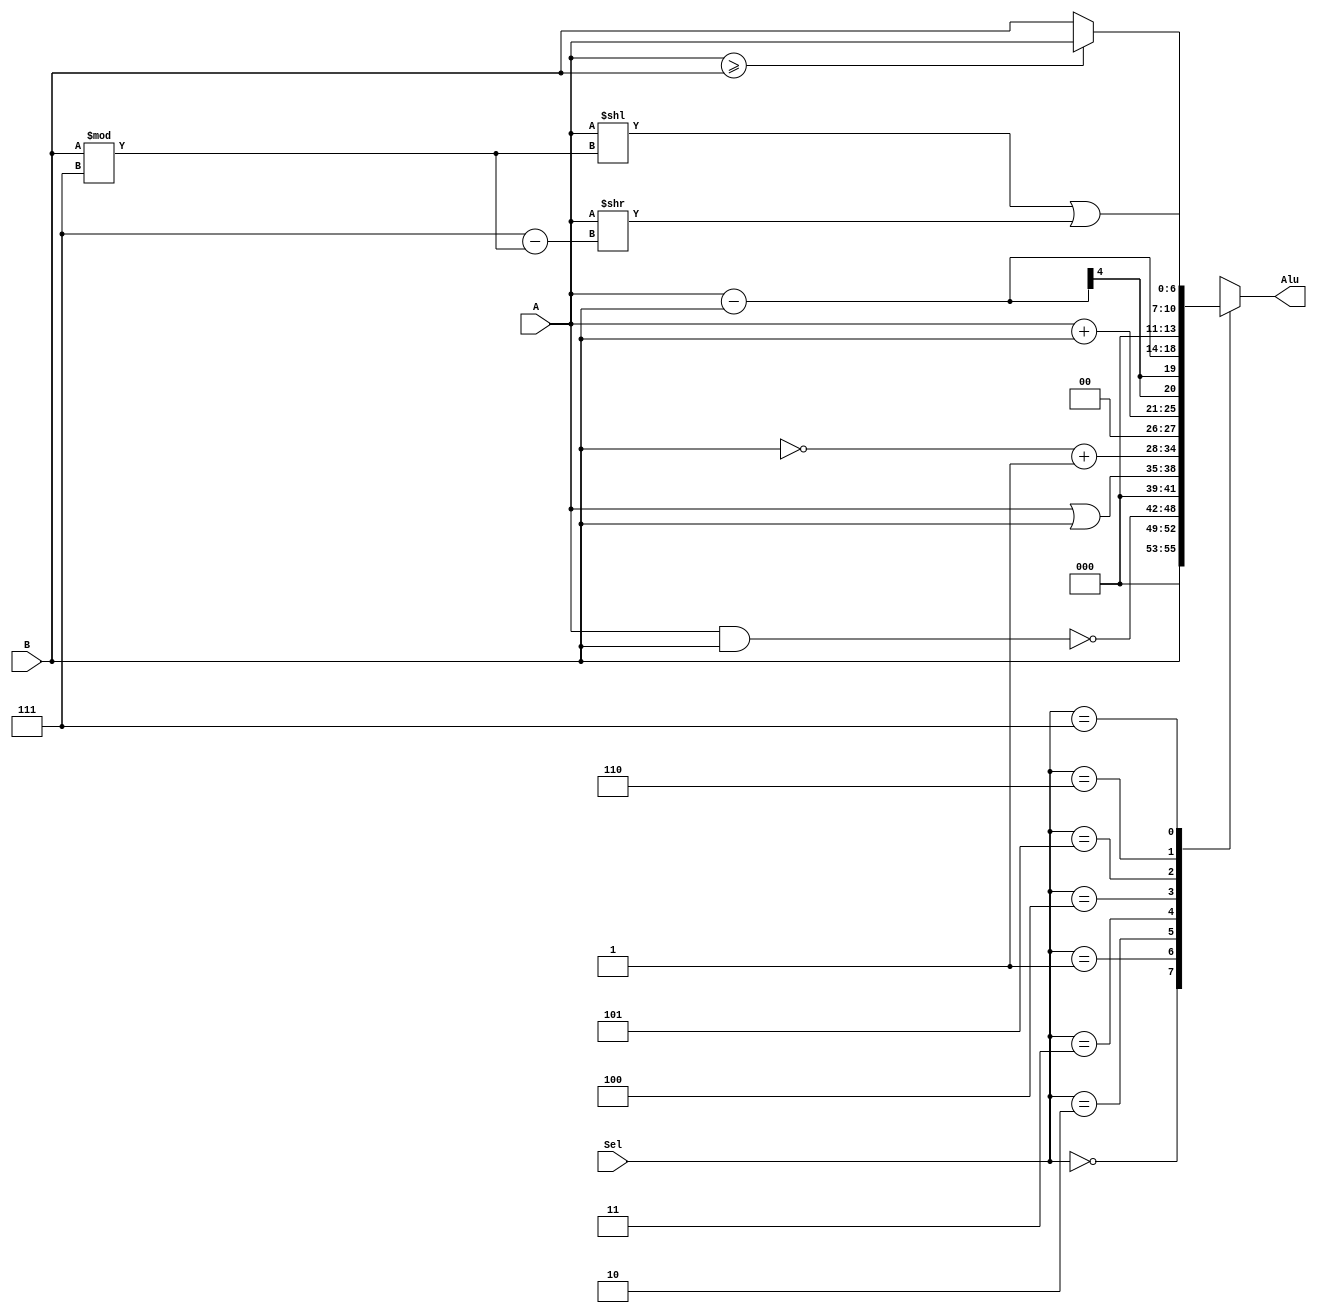
module test (Sel,Alu,A,B);
input [2:0]Sel;
input[3:0]A,B;
output reg[6:0]Alu;

always@ (Sel or A or B or Alu)begin
case(Sel)
3'b000:Alu=B;
3'b001:Alu=~(A&B);
3'b010:Alu=A|B;
3'b011:Alu=(~B)+1;
3'b100:Alu=A+B;
3'b101:Alu=A-B;
3'b110:Alu=(A>=B)?A:B;
3'b111:Alu=({3'd000,A}<<(B%7))|({3'd000,A}>>(7-(B%7)));
endcase
end
endmodule